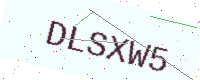
Text: DLSXW5